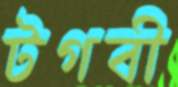
টগবী